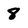
Character: 8